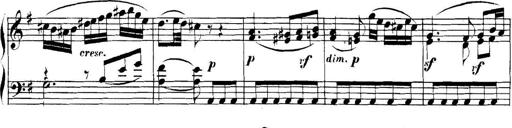
Title: Collected Piano Sonatas
Composer: Muzio Clementi